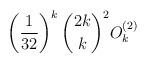
LaTeX: \begin{align*} \left( \frac{1}{32} \right)^{k} \binom{2k}{k}^{2} O_{k}^{(2)}\end{align*}